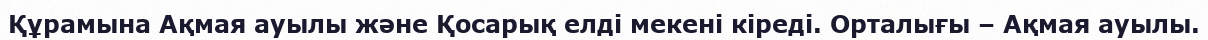
Құрамына Ақмая ауылы және Қосарық елді мекені кіреді. Орталығы – Ақмая ауылы.